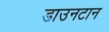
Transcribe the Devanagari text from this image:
डाउनटान